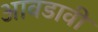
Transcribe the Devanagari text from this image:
आवडावी